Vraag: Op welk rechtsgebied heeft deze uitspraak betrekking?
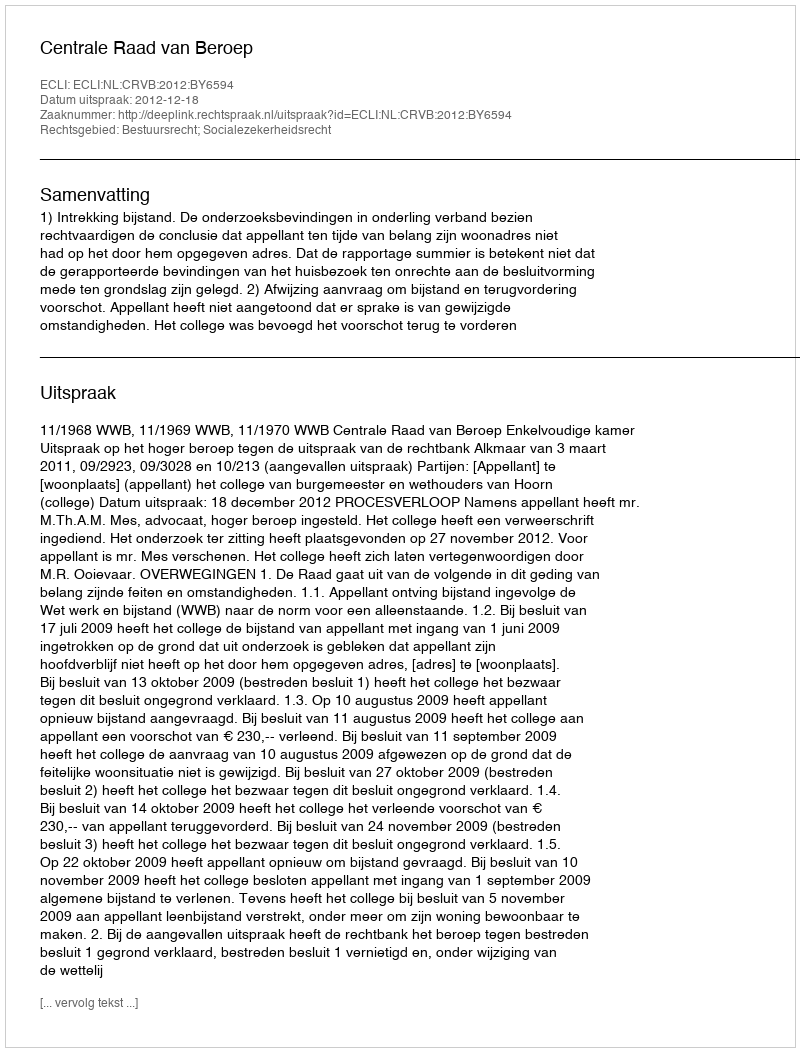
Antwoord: Bestuursrecht; Socialezekerheidsrecht